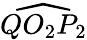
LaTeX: \widehat{QO_{2}P_{2}}